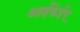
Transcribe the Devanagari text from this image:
आईकेईए